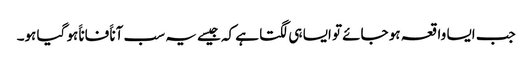
جب ایسا واقعہ ہو جائے تو ایسا ہی لگتا ہے کہ جیسے یہ سب آناََ فاناََ ہو گیا ہو۔